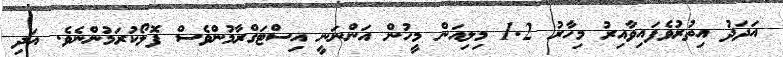
އަދަދު އިތުރުވެފައިވާއިރު މިހާރު 1.2 މިލިއަން މީހުން އަންނަނީ އިސްޓަގްރާމުންވެސް ފޮލޯކުރަމުންނެވެ. އަދި